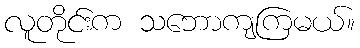
လူတိုင်းက သဘောကျကြမယ်။